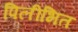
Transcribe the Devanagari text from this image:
पिलीभित